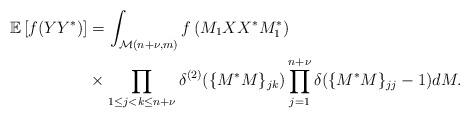
LaTeX: \begin{align*} \mathbb E \left[f(YY^*) \right]&= \int_{\mathcal M(n+\nu,m)} f \left(M_1 XX^*M_1^*\right) \\& \times\prod\limits_{1\leq j<k\leq n+\nu} \delta^{(2)}(\{M^*M\}_{jk})\prod_{j=1}^{n+\nu} \delta(\{M^*M\}_{jj}-1) dM. \end{align*}